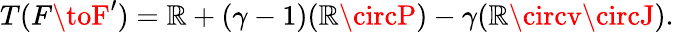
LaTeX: T(F\toF^{\prime})=\mathbb{R}+(\gamma-1)(\mathbb{R}\circP)-\gamma(\mathbb{R}\circv\circJ).